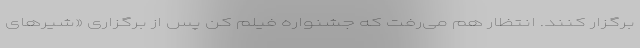
برگزار کنند. انتظار هم می‌رفت که جشنواره فیلم کن پس از برگزاری «شیرهای